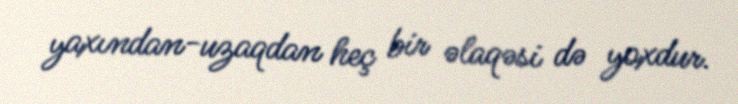
yaxından-uzaqdan heç bir əlaqəsi də yoxdur.